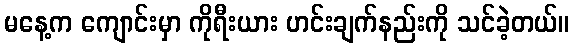
မနေ့က ကျောင်းမှာ ကိုရီးယား ဟင်းချက်နည်းကို သင်ခဲ့တယ်။